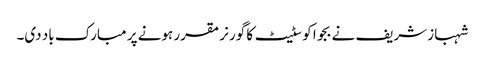
شہباز شریف نے بجوا کو سٹیٹ کا گورنر مقرر ہونے پر مبارک باد دی۔